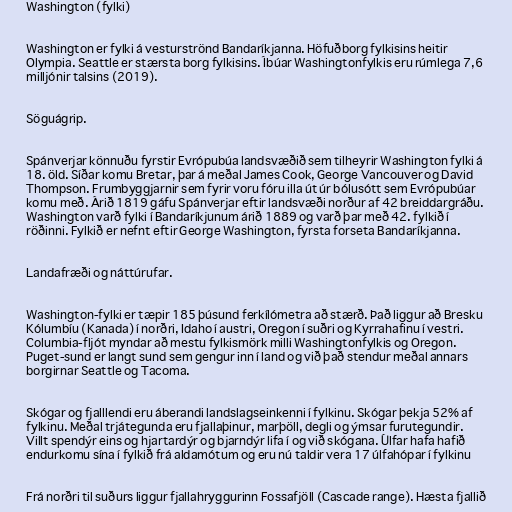
Washington (fylki)

Washington er fylki á vesturströnd Bandaríkjanna. Höfuðborg fylkisins heitir
Olympia. Seattle er stærsta borg fylkisins. Íbúar Washingtonfylkis eru rúmlega 7,6
milljónir talsins (2019).

Söguágrip.

Spánverjar könnuðu fyrstir Evrópubúa landsvæðið sem tilheyrir Washington fylki á
18. öld. Síðar komu Bretar, þar á meðal James Cook, George Vancouver og David
Thompson. Frumbyggjarnir sem fyrir voru fóru illa út úr bólusótt sem Evrópubúar
komu með. Árið 1819 gáfu Spánverjar eftir landsvæði norður af 42 breiddargráðu.
Washington varð fylki í Bandaríkjunum árið 1889 og varð þar með 42. fylkið í
röðinni. Fylkið er nefnt eftir George Washington, fyrsta forseta Bandaríkjanna.

Landafræði og náttúrufar.

Washington-fylki er tæpir 185 þúsund ferkílómetra að stærð. Það liggur að Bresku
Kólumbíu (Kanada) í norðri, Idaho í austri, Oregon í suðri og Kyrrahafinu í vestri.
Columbia-fljót myndar að mestu fylkismörk milli Washingtonfylkis og Oregon.
Puget-sund er langt sund sem gengur inn í land og við það stendur meðal annars
borgirnar Seattle og Tacoma.

Skógar og fjalllendi eru áberandi landslagseinkenni í fylkinu. Skógar þekja 52% af
fylkinu. Meðal trjátegunda eru fjallaþinur, marþöll, degli og ýmsar furutegundir.
Villt spendýr eins og hjartardýr og bjarndýr lifa í og við skógana. Úlfar hafa hafið
endurkomu sína í fylkið frá aldamótum og eru nú taldir vera 17 úlfahópar í fylkinu

Frá norðri til suðurs liggur fjallahryggurinn Fossafjöll (Cascade range). Hæsta fjallið